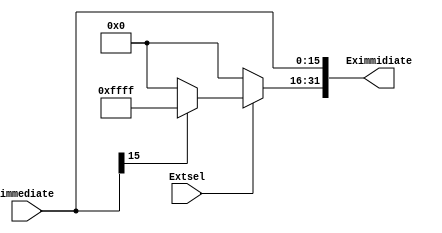
`timescale 1ns / 1ps
//////////////////////////////////////////////////////////////////////////////////
// Company: 
// Engineer: 
// 
// Design Name: 
// Module Name: signZE
// Project Name: 
// Target Devices: 
// Tool Versions: 
// Description: 
// 
// Dependencies: 
// 
// Revision:
// Revision 0.01 - File Created
// Additional Comments:
// 
//////////////////////////////////////////////////////////////////////////////////


module signZE
(
 input [15:0] immediate,
 input Extsel,
 output [31:0] Eximmidiate 
);

assign Eximmidiate[15:0]=immediate;
assign Eximmidiate[31:16]=Extsel?(immediate[15] ? 16'hffff : 16'h0000) : 16'h0000;
endmodule